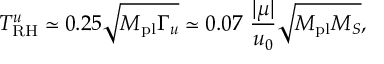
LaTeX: T _ { \mathrm { R H } } ^ { u } \simeq 0 . 2 5 \sqrt { M _ { \mathrm { p l } } \Gamma _ { u } } \simeq 0 . 0 7 ~ { \frac { \vert \mu \vert } { u _ { 0 } } } \sqrt { M _ { \mathrm { p l } } M _ { S } } ,